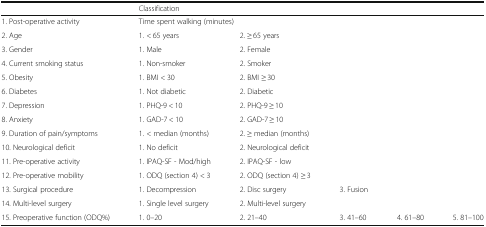
|  | <COLSPAN=5> Classification |
 | --- | --- | --- | --- | --- | --- |
 | 1. Post-operative activity | <COLSPAN=2> Time spent walking (minutes) |  |  |  |
 | 2. Age | 1. < 65 years | <COLSPAN=4> 2. ≥ 65 years |
 | 3. Gender | 1. Male | 2. Female |  |  |  |
 | 4. Current smoking status | 1. Non-smoker | 2. Smoker |  |  |  |
 | 5. Obesity | 1. BMI < 30 | 2. BMI ≥ 30 |  |  |  |
 | 6. Diabetes | 1. Not diabetic | 2. Diabetic |  |  |  |
 | 7. Depression | 1. PHQ-9 < 10 | 2. PHQ-9 ≥ 10 |  |  |  |
 | 8. Anxiety | 1. GAD-7 < 10 | 2. GAD-7 ≥ 10 |  |  |  |
 | 9. Duration of pain/symptoms | 1. < median (months) | 2. ≥ median (months) |  |  |  |
 | 10. Neurological deficit | 1. No deficit | 2. Neurological deficit |  |  |  |
 | 11. Pre-operative activity | 1. IPAQ-SF - Mod/high | 2. IPAQ-SF - low |  |  |  |
 | 12. Pre-operative mobility | 1. ODQ (section 4) < 3 | 2. ODQ (section 4) ≥ 3 |  |  |  |
 | 13. Surgical procedure | 1. Decompression | 2. Disc surgery | 3. Fusion |  |  |
 | 14. Multi-level surgery | 1. Single level surgery | 2. Multi-level surgery |  |  |  |
 | 15. Preoperative function (ODQ%) | 1. 0–20 | 2. 21–40 | 3. 41–60 | 4. 61–80 | 5. 81–100 |